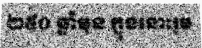
២៥០ ឆ្នាំមុន ក្នុងនោះរួម